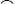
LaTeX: \scriptscriptstyle\frown